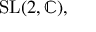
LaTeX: { \mathrm { S L } } ( 2 , \mathbb { C } ) ,